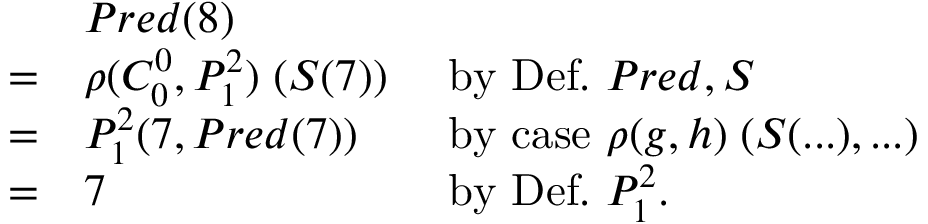
{ \begin{array} { l l l } & { P r e d ( 8 ) } \\ { = } & { \rho ( C _ { 0 } ^ { 0 } , P _ { 1 } ^ { 2 } ) \; ( S ( 7 ) ) } & { { \mathrm { ~ b y ~ D e f . ~ } } P r e d , S } \\ { = } & { P _ { 1 } ^ { 2 } ( 7 , P r e d ( 7 ) ) } & { { \mathrm { ~ b y ~ c a s e ~ } } \rho ( g , h ) \; ( S ( . . . ) , . . . ) } \\ { = } & { 7 } & { { \mathrm { ~ b y ~ D e f . ~ } } P _ { 1 } ^ { 2 } . } \end{array} }